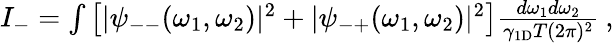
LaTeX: \begin{array}{r}{I_{-}=\int\left[|\psi_{--}(\omega_{1},\omega_{2})|^{2}+|\psi_{-+}(\omega_{1},\omega_{2})|^{2}\right]\frac{d\omega_{1}d\omega_{2}}{\gamma_{\mathrm{1D}}T(2\pi)^{2}}\: ,}\end{array}